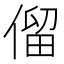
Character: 𠌃